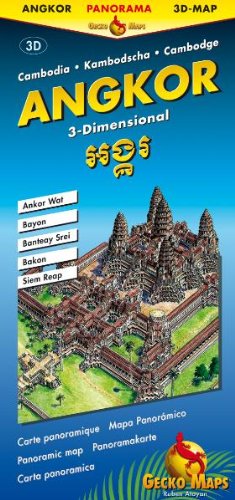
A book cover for Angkor Map; Gecko Maps; Travel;